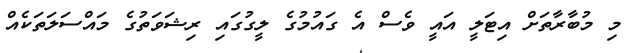
މި މުބާރާތަށް އިޓަލީ އައީ ވެސް އެ ގައުމުގެ ލީގުގައި ރިޝަވަތުގެ މައްސަލަތަކެއް